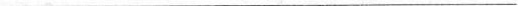
___